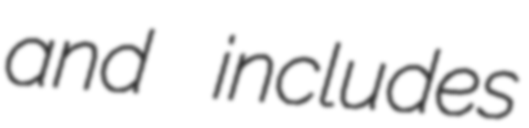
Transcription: and includes